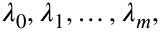
\lambda _ { 0 } , \lambda _ { 1 } , \ldots , \lambda _ { m } ,